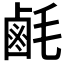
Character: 𪉚